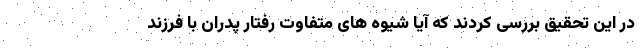
در این تحقیق بررسی کردند که آیا شیوه های متفاوت رفتار پدران با فرزند